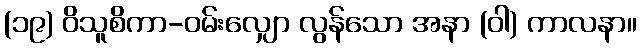
(၁၉) ဝိသူစိကာ-ဝမ်းလျှော လွန်သော အနာ (ဝါ) ကာလနာ။